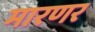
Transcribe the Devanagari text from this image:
मारणर